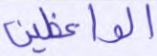
الواعظين